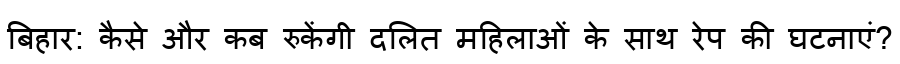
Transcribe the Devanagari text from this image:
बिहार: कैसे और कब रुकेंगी दलित महिलाओं के साथ रेप की घटनाएं?